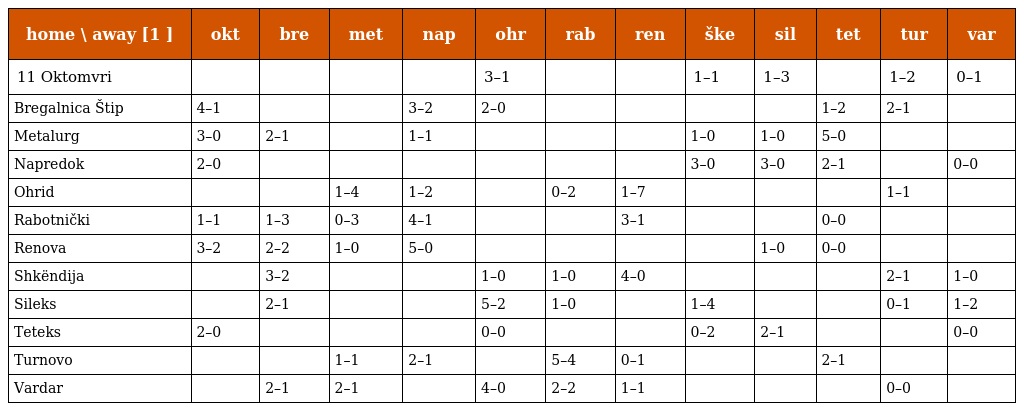
| home \ away [1 ] | okt | bre | met | nap | ohr | rab | ren | ške | sil | tet | tur | var |
 | --- | --- | --- | --- | --- | --- | --- | --- | --- | --- | --- | --- | --- |
 | 11 Oktomvri |  |  |  |  | 3–1 |  |  | 1–1 | 1–3 |  | 1–2 | 0–1 |
 | Bregalnica Štip | 4–1 |  |  | 3–2 | 2–0 |  |  |  |  | 1–2 | 2–1 |  |
 | Metalurg | 3–0 | 2–1 |  | 1–1 |  |  |  | 1–0 | 1–0 | 5–0 |  |  |
 | Napredok | 2–0 |  |  |  |  |  |  | 3–0 | 3–0 | 2–1 |  | 0–0 |
 | Ohrid |  |  | 1–4 | 1–2 |  | 0–2 | 1–7 |  |  |  | 1–1 |  |
 | Rabotnički | 1–1 | 1–3 | 0–3 | 4–1 |  |  | 3–1 |  |  | 0–0 |  |  |
 | Renova | 3–2 | 2–2 | 1–0 | 5–0 |  |  |  |  | 1–0 | 0–0 |  |  |
 | Shkëndija |  | 3–2 |  |  | 1–0 | 1–0 | 4–0 |  |  |  | 2–1 | 1–0 |
 | Sileks |  | 2–1 |  |  | 5–2 | 1–0 |  | 1–4 |  |  | 0–1 | 1–2 |
 | Teteks | 2–0 |  |  |  | 0–0 |  |  | 0–2 | 2–1 |  |  | 0–0 |
 | Turnovo |  |  | 1–1 | 2–1 |  | 5–4 | 0–1 |  |  | 2–1 |  |  |
 | Vardar |  | 2–1 | 2–1 |  | 4–0 | 2–2 | 1–1 |  |  |  | 0–0 |  |